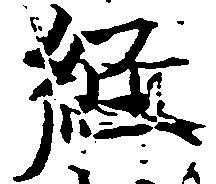
経